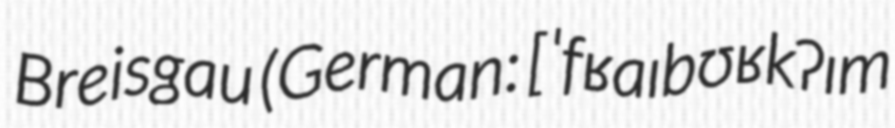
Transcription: Breisgau (German: [ˈfʁaɪbʊʁk ʔɪm